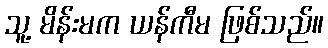
သူ့ မိန်းမက ယန်ကီမ ဖြစ်သည်။